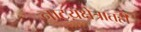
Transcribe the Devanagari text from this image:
नाटय़क्षेत्रातही